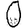
Digit: 0